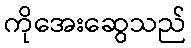
ကိုအေးဆွေသည်